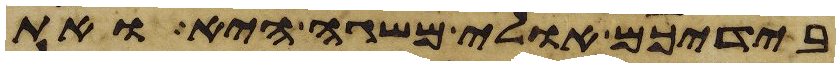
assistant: בידיכם אולי משגה היא ואת